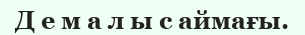
Д е м а л ы с аймағы.